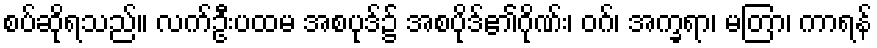
စပ်ဆိုရသည်။ လက်ဦးပထမ အစပုဒ်၌ အစပိုဒ်၏ဂိုဏ်း၊ ဝဂ်၊ အက္ခရာ၊ မတြာ၊ ကာရန်